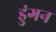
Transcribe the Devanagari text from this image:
डुंगन